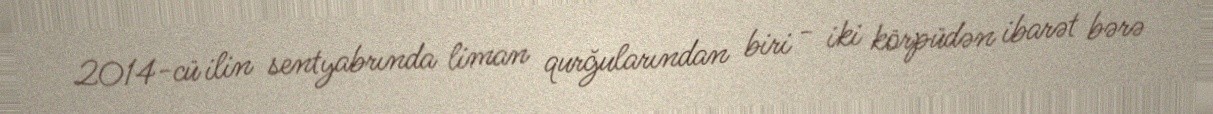
2014-cü ilin sentyabrında liman qurğularından biri - iki körpüdən ibarət bərə